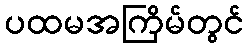
ပထမအကြိမ်တွင်